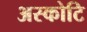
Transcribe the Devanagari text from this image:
अस्कोटि